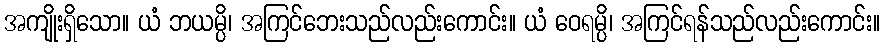
အကျိုးရှိသော။ ယံ ဘယမ္ပိ၊ အကြင်ဘေးသည်လည်းကောင်း။ ယံ ဝေရမ္ပိ၊ အကြင်ရန်သည်လည်းကောင်း။